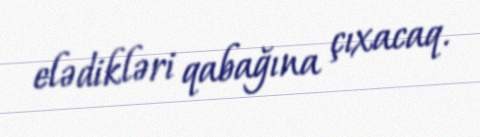
elədikləri qabağına çıxacaq.